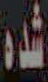
شده